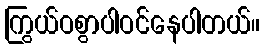
ကြွယ်ဝစွာပါဝင်နေပါတယ်။